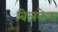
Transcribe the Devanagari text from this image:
विलकेस